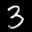
Label: 3